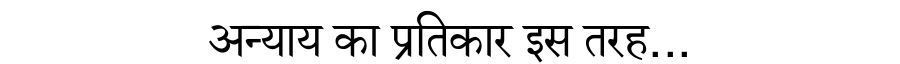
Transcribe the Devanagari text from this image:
अन्याय का प्रतिकार इस तरह...